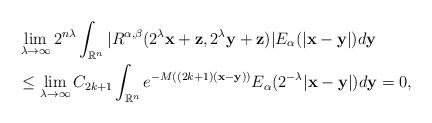
LaTeX: \begin{align*}&\lim_{\lambda\to\infty}2^{n\lambda}\int_{\mathbb{R}^{n}} |R^{\alpha,\beta}(2^{\lambda}\mathbf{x}+\mathbf{z}, 2^{\lambda}\mathbf{y}+\mathbf{z})|E_{\alpha}(|\mathbf{x}-\mathbf{y}|)d\mathbf{y}\\&\leq \lim_{\lambda\to\infty}C_{2k+1}\int_{\mathbb{R}^{n}}e^{-M((2k+1)(\mathbf{x}-\mathbf{y}))}E_{\alpha}(2^{-\lambda}|\mathbf{x}-\mathbf{y}|)d\mathbf{y}=0,\end{align*}